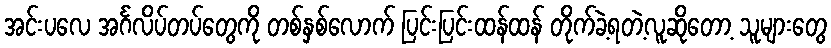
အင်းပလေ အင်္ဂလိပ်တပ်တွေကို တစ်နှစ်လောက် ပြင်းပြင်းထန်ထန် တိုက်ခဲ့ရတဲ့လူဆိုတော့ သူများတွေ